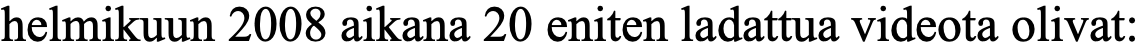
helmikuun 2008 aikana 20 eniten ladattua videota olivat: